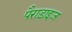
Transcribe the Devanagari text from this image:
पैराड़ाइज